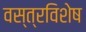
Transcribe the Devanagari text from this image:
वस्त्रविशेष